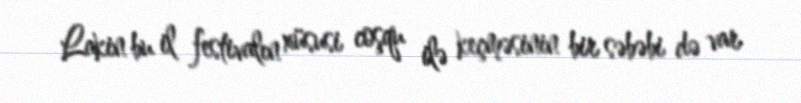
Lakin bu il festivalın xüsusi coşqu ilə keçməsinin bir səbəbi də var